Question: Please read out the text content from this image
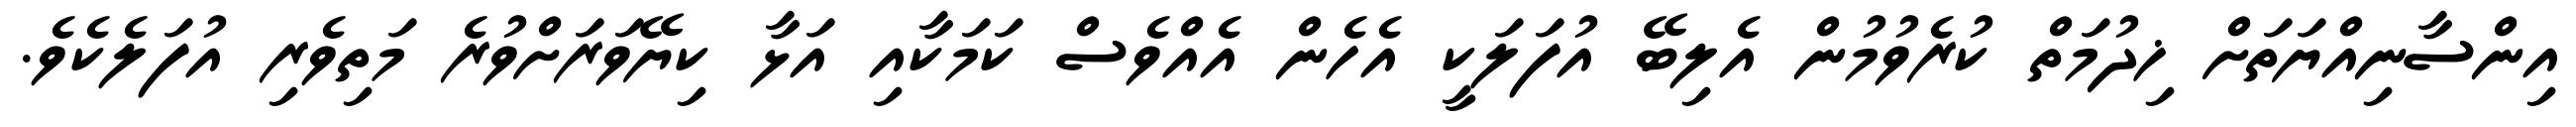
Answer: އިންސާނިއްޔަތަށް ޚިދުމަތް ކުރެވުމުން އެލިބޭ އުފަލަކީ އެހެން އެއްވެސް ކަމަކާއި އަޅާ ކިޔޭވަރަށްވުރެ މަތިވެރި އުފަލެކެވެ.